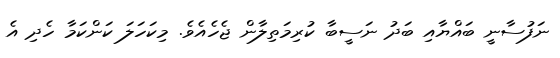
ނަފުސާނީ ބައްޔާއި ބަދު ނަސީބާ ކުރިމަތިލާން ޖެހެއެވެ. މިކަހަލަ ކަންކަމާ ހެދި އެ